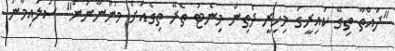
"ދައްތާ ތިގޭ ކައިރީގަ މިހިރީ ދެތިން މިނެޓު ތެރޭ ތިގެއަށް ވަންނާނަން" ސުލައިމާނު